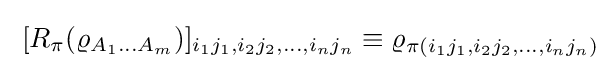
\;[R_{\pi }(\varrho _{A_{1}\ldots A_{m}})]_{i_{1}j_{1},i_{2}j_{2},\ldots ,i_{n}j_{n}}\equiv \varrho _{\pi (i_{1}j_{1},i_{2}j_{2},\ldots ,i_{n}j_{n})}